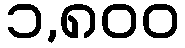
၁,၈၀၀